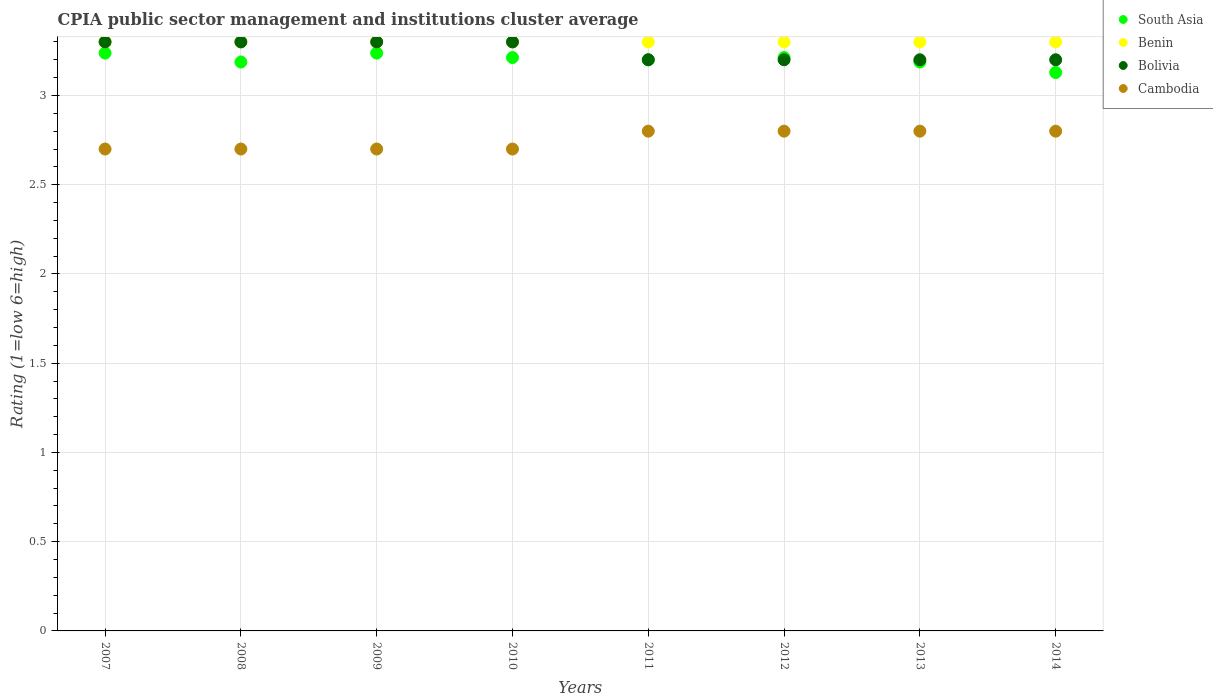
| Years | South Asia | Benin | Bolivia | Cambodia |
 | --- | --- | --- | --- | --- |
 | 2007 | 3.24 | 3.3 | 3.3 | 2.7 |
 | 2008 | 3.19 | 3.3 | 3.3 | 2.7 |
 | 2009 | 3.24 | 3.3 | 3.3 | 2.7 |
 | 2010 | 3.21 | 3.3 | 3.3 | 2.7 |
 | 2011 | 3.2 | 3.3 | 3.2 | 2.8 |
 | 2012 | 3.21 | 3.3 | 3.2 | 2.8 |
 | 2013 | 3.19 | 3.3 | 3.2 | 2.8 |
 | 2014 | 3.13 | 3.3 | 3.2 | 2.8 |